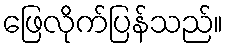
ဖြေလိုက်ပြန်သည်။